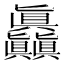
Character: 𰦌